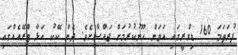
ފުރަތަމަ 160 ޑިގްރީގައި އަވަން ހޫނުކުރުމަށް ޖައްސާށެވެ. ދެން ކޭކު އަޅާ ޓްރޭއެއްގައި